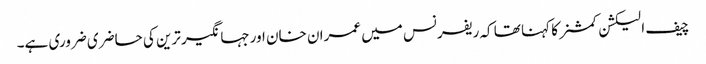
چیف الیکشن کمشنر کا کہنا تھا کہ ریفرنس میں عمران خان اورجہانگیر ترین کی حاضری ضروری ہے۔